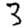
Digit: 3